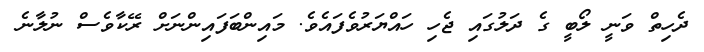
ދެހިތް ވަނީ ލޯބީ ގެ ދަލުގައި ޖެހި ހައްޔަރުވެފައެވެ. މައިންބަފައިންނަށް ރޭކާވެސް ނުލާނެ